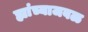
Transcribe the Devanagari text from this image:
ह्यांच्याजवळ